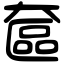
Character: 奩